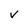
Character: v